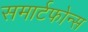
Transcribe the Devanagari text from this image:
समार्टफोन्स